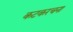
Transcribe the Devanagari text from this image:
कटकरचना